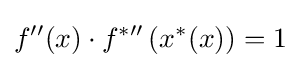
f^{\prime \prime }(x)\cdot f^{{*}\prime \prime }\left(x^{*}(x)\right)=1